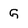
Character: G